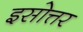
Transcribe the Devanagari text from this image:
इसोत्तर